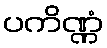
ပကိဏ္ဏံ